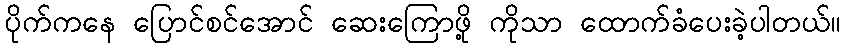
ပိုက်ကနေ ပြောင်စင်အောင် ဆေးကြောဖို့ ကိုသာ ထောက်ခံပေးခဲ့ပါတယ်။